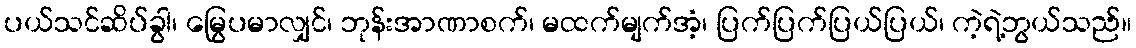
ပယ်သင်ဆိပ်ခွါ၊ မြွေပမာလျှင်၊ ဘုန်းအာဏာစက်၊ မထက်မျက်အံ့၊ ပြက်ပြက်ပြယ်ပြယ်၊ ကဲ့ရဲ့ဘွယ်သည်။